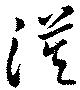
漠